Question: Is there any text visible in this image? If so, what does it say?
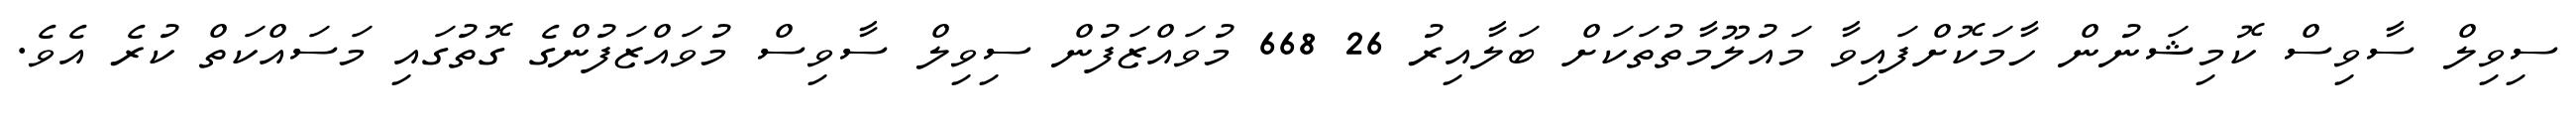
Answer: ސިވިލް ސާވިސް ކޮމިޝަނުން ހާމަކޮށްފައިވާ މައުލޫމާތުތަކަށް ބަލާއިރު 26 668 މުވައްޒަފުން ސިވިލް ސާވިސް މުވައްޒަފުންގެ ގޮތުގައި މަސައްކަތް ކުރެ އެވެ.